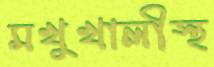
মখুখালীস্থ